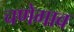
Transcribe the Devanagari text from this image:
चणेगाव